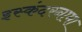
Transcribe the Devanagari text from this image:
इस्कंदरनामा